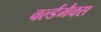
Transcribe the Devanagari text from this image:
वर्ल्डमैक्स